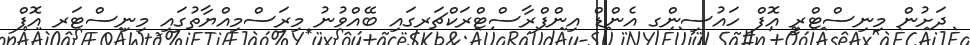
ދަށުން މިނިސްޓްރީ އޮފް ހައުސިންގ އެންޑް އިންފްރާސްޓްރަކްޗަރގައި ބޭއްވުނު މިރަސްމިއްޔާތުގައި މިނިސްޓަރ އޮފް